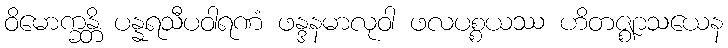
ဝိမောက္ခန္တိ ပန္နရသီပဝါရဏံ ဖန္ဒနမာလုဝါ ဖလပစ္စယဿ ဟိတဇ္ဈာသယေန